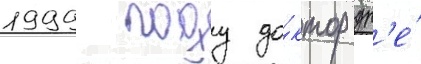
1999 году до́ктор др'е́